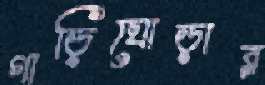
গাড়িঘোড়ার